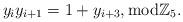
LaTeX: \begin{align*}y_i y_{i+1} = 1 + y_{i+3}, {\rm mod} \mathbb Z_5.\end{align*}